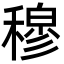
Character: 穆